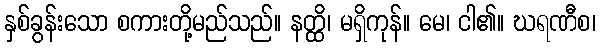
နှစ်ခွန်းသော စကားတို့မည်သည်။ နတ္ထိ၊ မရှိကုန်။ မေ၊ ငါ၏။ ဃရဏီစ၊